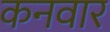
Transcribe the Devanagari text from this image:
कनवार